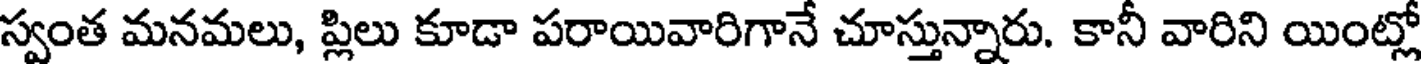
స్వంత మనమలు, ప్లిలు కూడా పరాయివారిగానే చూస్తున్నారు. కానీ వారిని యింట్లో